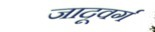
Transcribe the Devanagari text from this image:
जादूवर्ग